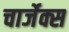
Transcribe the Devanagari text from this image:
चार्जेक्स